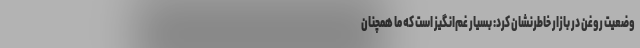
وضعیت روغن در بازار خاطرنشان کرد: بسیار غم‌انگیز است که ما همچنان